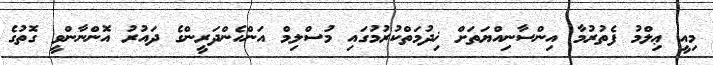
މިއީ ޢިލްމު ފެތުރުމާ އިންސާނިއްޔަތަށް ޚިދުމަތްކުރުމުގައި މުސްލިމް އަންހެންދަރީންގެ ދައުރު އޮންނާންވީ ގޮތުގެ